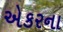
એકરના